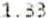
1.33